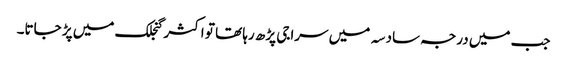
جب میں درجہ سادسہ میں سراجی پڑھ رہا تھا تو اکثر گنجلک میں پڑ جاتا۔